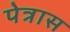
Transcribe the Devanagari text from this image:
पेत्रास